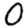
Digit: 0